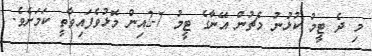
މި ދެ ޓީމު ކުޅުނު މެޗުން އޭނާގެ ޓީމު 7-2އިން މޮޅުވެފައިވާތީ ކަމަށެވެ.